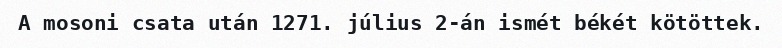
A mosoni csata után 1271. július 2-án ismét békét kötöttek.